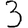
Digit: 3